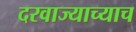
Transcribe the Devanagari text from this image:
दरवाज्याच्याच